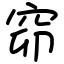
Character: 窌